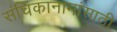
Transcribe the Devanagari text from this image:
संचिकानामांसाठी